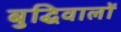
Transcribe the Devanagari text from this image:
बुद्धिवालों